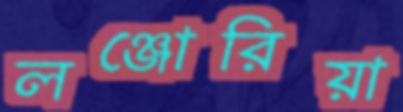
লঞ্জোরিয়া